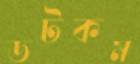
ডটকম